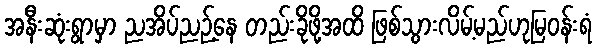
အနီးဆုံးရွာမှာ ညအိပ်ညဉ့်နေ တည်းခိုဖို့အထိ ဖြစ်သွားလိမ့်မည်ဟုမြဝန်းရံ